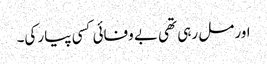
اور مل رہی تھی بے وفائی کسی پیار کی۔